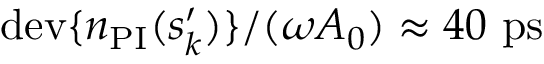
\mathrm { d e v } \{ n _ { \mathrm { P I } } ( s _ { k } ^ { \prime } ) \} / ( \omega A _ { 0 } ) \approx 4 0 ~ \mathrm { p s }